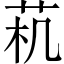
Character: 𱽟